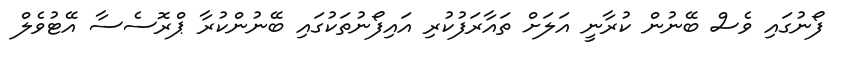
ފޯނުގައި ވެސް ބޭނުން ކުރާނީ އަލަށް ތައާރަފުކުރި އައިފޯނުތަކުގައި ބޭނުންކުރާ ޕްރޮސެސާ އޭޓުވެލް